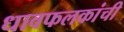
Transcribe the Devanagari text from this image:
धावफलकांची